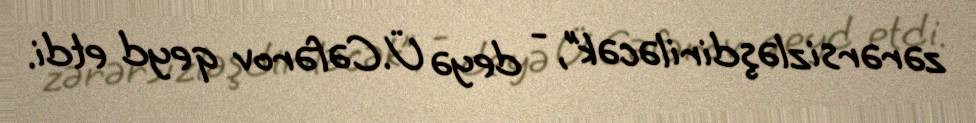
zərərsizləşdiriləcək”, - deyə Ü.Cəfərov qeyd etdi.